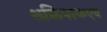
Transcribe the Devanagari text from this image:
शक्तिपरकएवं